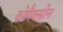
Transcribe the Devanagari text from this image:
कोपैक्सोन